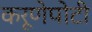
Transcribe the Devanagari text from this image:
करूणेपोटी